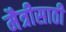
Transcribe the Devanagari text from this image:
मैत्रीसाठी